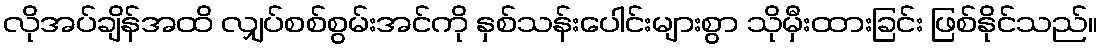
လိုအပ်ချိန်အထိ လျှပ်စစ်စွမ်းအင်ကို နှစ်သန်းပေါင်းများစွာ သိုမှီးထားခြင်း ဖြစ်နိုင်သည်။